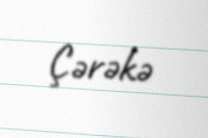
Çərəkə